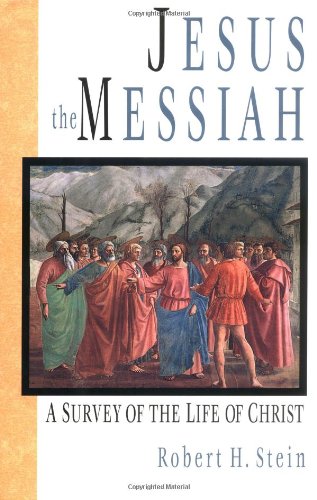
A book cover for Jesus the Messiah: A Survey of the Life of Christ; Robert H. Stein; Christian Books & Bibles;